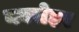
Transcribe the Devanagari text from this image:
नवसेहर